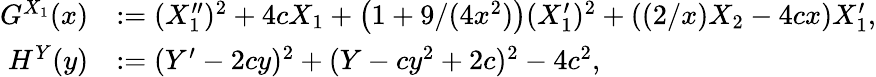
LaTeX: \begin{array}{rl}{G^{X_{1}}(x)}&{:=(X_{1}^{\prime\prime})^{2}+4cX_{1}+\left(1+9/(4x^{2})\right)(X_{1}^{\prime})^{2}+\left((2/x)X_{2}-4cx\right)X_{1}^{\prime},}\\ {H^{Y}(y)}&{:=(Y^{\prime}-2cy)^{2}+(Y-cy^{2}+2c)^{2}-4c^{2},}\end{array}